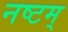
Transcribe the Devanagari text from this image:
नष्टम्